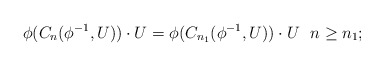
\begin{align*}\phi(C_n(\phi^{-1},U))\cdot U=\phi(C_{n_1}(\phi^{-1},U))\cdot U\ \ n\geq n_1;\end{align*}